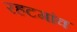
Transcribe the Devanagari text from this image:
रहटगांव